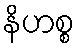
နိဟစ္စ